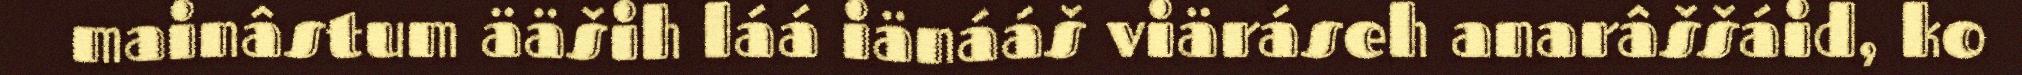
mainâstum ääših láá iänááš viäráseh anarâššáid, ko